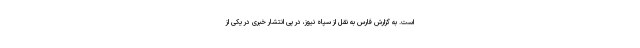
است. به گزارش فارس به نقل از سپاه نیوز، در پی انتشار خبری در یکی از